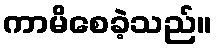
ကာမိစေခဲ့သည်။